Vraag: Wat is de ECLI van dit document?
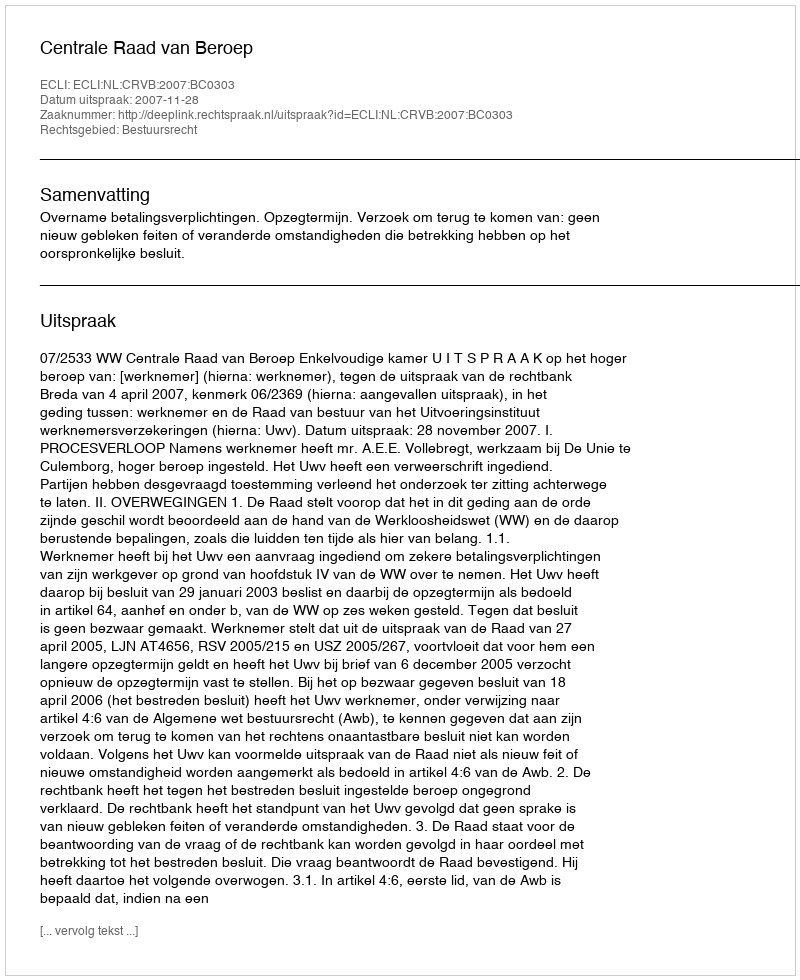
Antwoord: ECLI:NL:CRVB:2007:BC0303